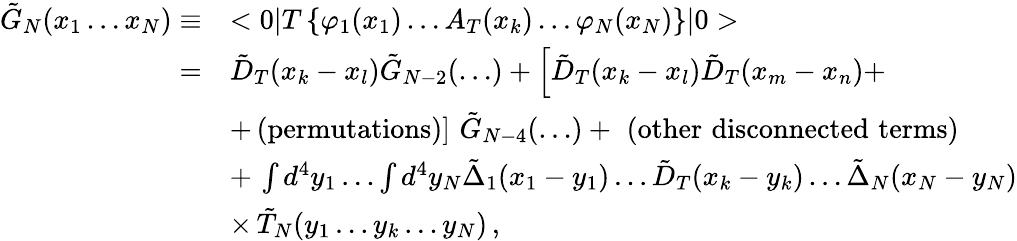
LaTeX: \begin{array}{rl}{{\tilde{G}_{N}(x_{1}\ldots x_{N})\equiv}}&{{<0|T\left\{ \varphi_{1}(x_{1})\ldots A_{T}(x_{k})\ldots\varphi_{N}(x_{N})\right\} |0>}}\\ {{=}}&{{\tilde{D}_{T}(x_{k}-x_{l})\tilde{G}_{N-2}(\ldots)+\left[\tilde{D}_{T}(x_{k}-x_{l})\tilde{D}_{T}(x_{m}-x_{n})+\right.}}\\ {{\mathrm{}}}&{{\left.+\, \mathrm{{(permutations)}}\right]\, \, \tilde{G}_{N-4}(\ldots)+\, \, {\mathrm{(other\, \, disconnected\, \, terms)}}}}\\ {{\mathrm{}}}&{{+\, \int d^{4}y_{1}\ldots\int d^{4}y_{N}\tilde{\Delta}_{1}(x_{1}-y_{1})\ldots\tilde{D}_{T}(x_{k}-y_{k})\ldots\tilde{\Delta}_{N}(x_{N}-y_{N})}}\\ {{\mathrm{}}}&{{\times\, \tilde{T}_{N}(y_{1}\ldots y_{k}\ldots y_{N})\, ,}}\end{array}